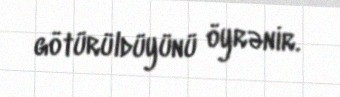
götürüldüyünü öyrənir.